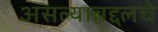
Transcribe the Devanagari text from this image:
असल्याबद्दलचे